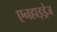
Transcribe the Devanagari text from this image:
एनहाइड्रेज